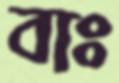
বাঃ